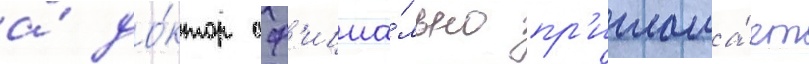
а́ до́ктор оф'ициа́льно пр'иглаша́ет